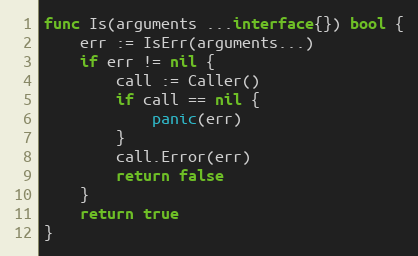
Language: Go
func Is(arguments ...interface{}) bool {
	err := IsErr(arguments...)
	if err != nil {
		call := Caller()
		if call == nil {
			panic(err)
		}
		call.Error(err)
		return false
	}
	return true
}